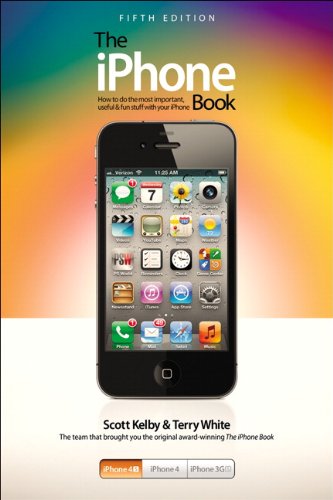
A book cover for The iPhone Book: Covers iPhone 4S, iPhone 4, and iPhone 3GS (5th Edition); Scott Kelby; Computers & Technology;